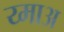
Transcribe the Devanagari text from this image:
य्माअ